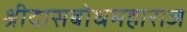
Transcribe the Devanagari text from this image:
श्रीदासबोधमहाराज